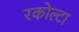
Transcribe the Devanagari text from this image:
रकोल्टा